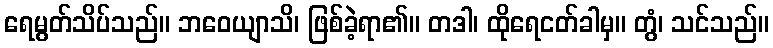
ရေမွတ်သိပ်သည်။ ဘဝေယျာသိ၊ ဖြစ်ခဲ့ရာ၏။ တဒါ၊ ထိုရေငတ်ခါမှ။ တွံ၊ သင်သည်။